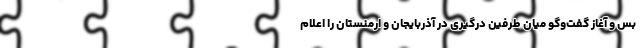
بس و آغاز گفت‌وگو میان طرفین درگیری در آذربایجان و ارمنستان را اعلام